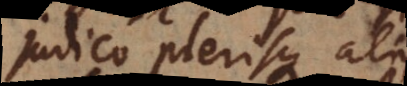
judico plerisque aliis